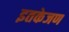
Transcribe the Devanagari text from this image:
इतकेजण